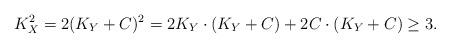
LaTeX: \begin{align*}K_X^2=2(K_Y+C)^2=2K_Y\cdot (K_Y+C) +2C\cdot (K_Y+C)\geq 3.\end{align*}